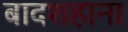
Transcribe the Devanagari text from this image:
बादशहाना